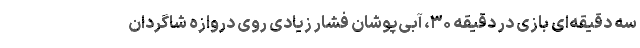
سه دقیقه‌ای بازی در دقیقه ۳۰، آبی‌پوشان فشار زیادی روی دروازه شاگردان